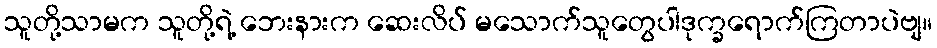
သူတို့သာမက သူတို့ရဲ့ ဘေးနားက ဆေးလိပ် မသောက်သူတွေပါဒုက္ခရောက်ကြတာပဲဗျ။